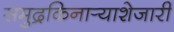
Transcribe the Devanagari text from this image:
समुद्रकिनार्‍याशेजारी